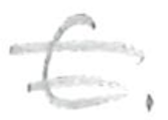
Text: C.
Cross-out: double-line
Writing tool: pencil